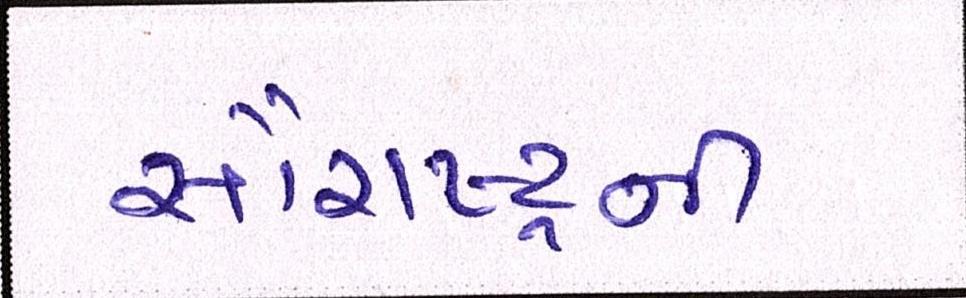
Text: સૌરાષ્ટ્રની